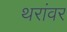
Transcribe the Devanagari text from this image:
थरांवर